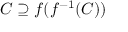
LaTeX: C \supseteq f ( f ^ { - 1 } ( C ) )